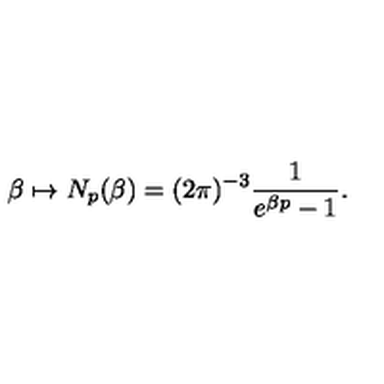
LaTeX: \beta \mapsto N _ { p } ( \beta ) = ( 2 \pi ) ^ { - 3 } \frac { 1 } { e ^ { \beta p } - 1 } .